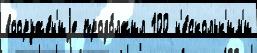
вооруже́н'иjе продо́лжил 100 н'е́скольк'им'и